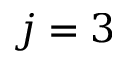
j = 3